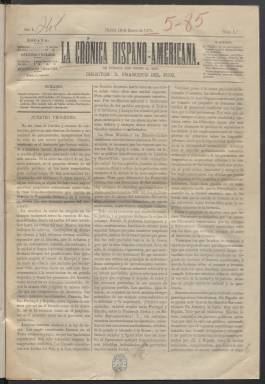
Título: La Crónica hispano-americana
Otros títulos: La Crónica hispano americana
Colección: Periódicos
Ámbito geográfico: Madrid
Lugar de publicación: Madrid
Fechas: 13/01/1875-03/07/1875